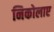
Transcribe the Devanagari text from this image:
निकोलाए